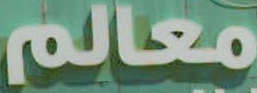
معالم